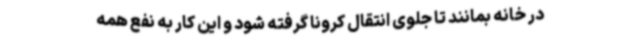
در خانه بمانند تا جلوی انتقال کرونا گرفته شود و این کار به نفع همه